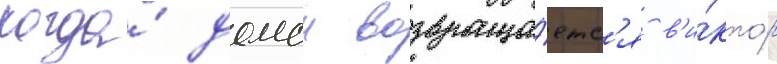
Когда́ домои возвраща́етс'я в'и́ктор